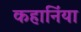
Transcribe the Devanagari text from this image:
कहानिंया